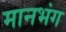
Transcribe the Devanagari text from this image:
मानभंग